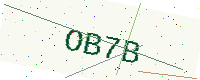
Text: OB7B